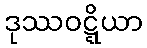
ဒုဿဝဋ္ဋိယာ